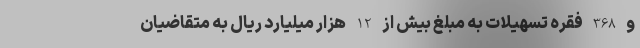
و 368 فقره تسهیلات به مبلغ بیش از 12 هزار میلیارد ریال به متقاضیان